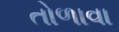
તોળાવા